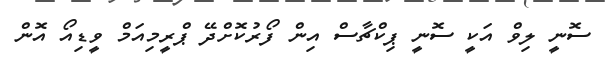
ސޮނީ ލިވް އަކީ ސޮނީ ޕިކްޗާސް އިން ފޯރުކޮށްދޭ ޕްރީމިއަމް ވީޑިއޯ އޮން